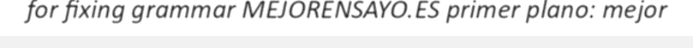
for fixing grammar MEJORENSAYO.ES primer plano: mejor